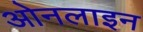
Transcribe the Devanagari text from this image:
ओनलाइन